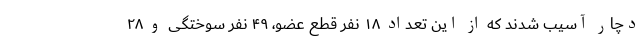
دچار آسیب شدند که از این تعداد ۱۸ نفر قطع عضو، ۴۹ نفر سوختگی و ۲۸